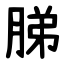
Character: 䏲